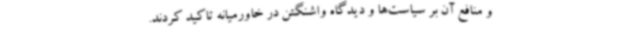
و منافع آن بر سیاست‌ها و دیدگاه واشنگتن در خاورمیانه تاکید کردند.